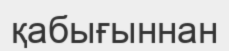
қабығыннан